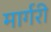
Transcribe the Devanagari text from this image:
मार्गरी